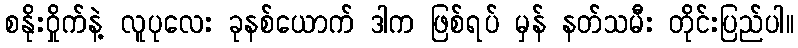
စနိုးဝှိုက်နဲ့ လူပုလေး ခုနစ်ယောက် ဒါက ဖြစ်ရပ် မှန် နတ်သမီး တိုင်းပြည်ပါ။